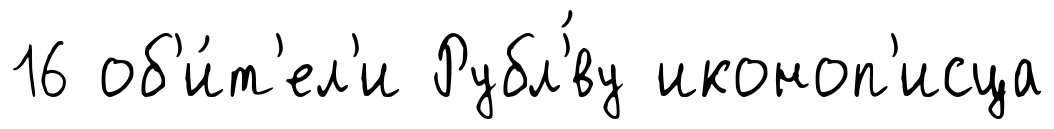
16 об'и́т'ел'и Рубл'́ву иконоп'исца